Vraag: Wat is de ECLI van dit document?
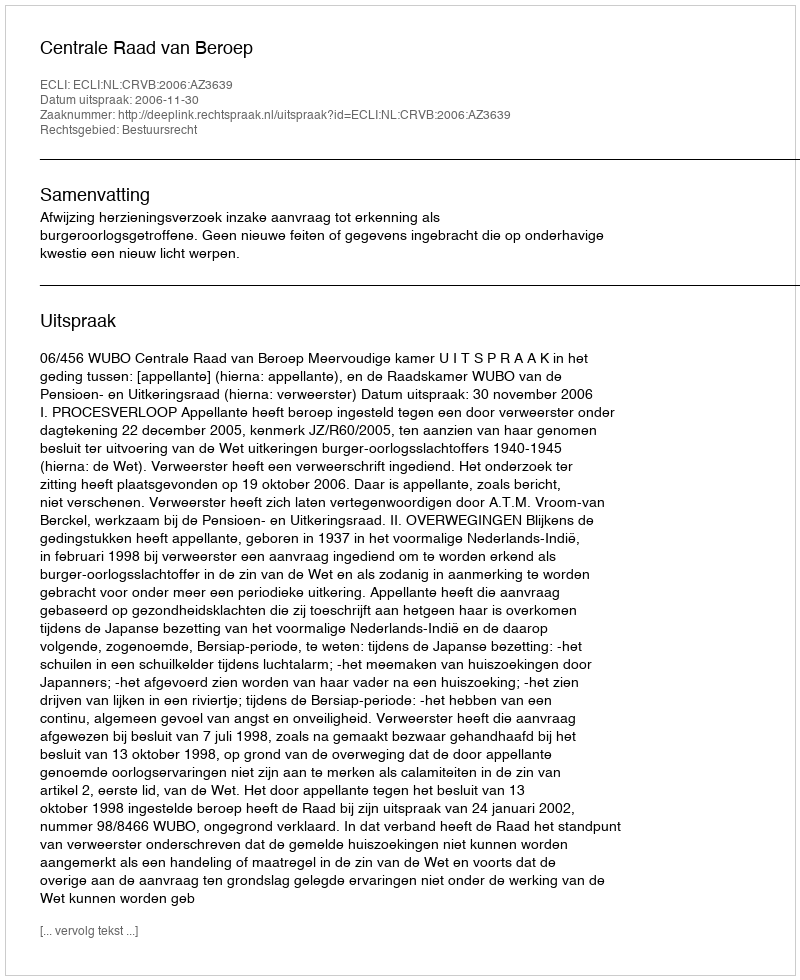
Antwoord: ECLI:NL:CRVB:2006:AZ3639